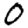
Digit: 0